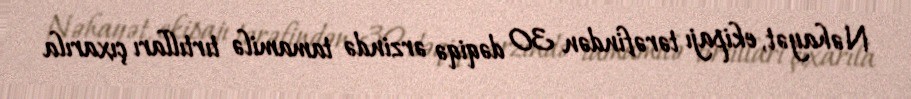
Nəhayət, ekipajı tərəfindən 30 dəqiqə ərzində tamamilə tırtılları çıxarıla